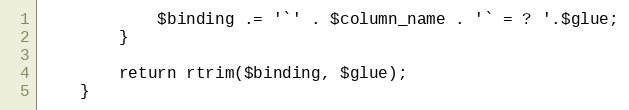
Language: PHP
            $binding .= '`' . $column_name . '` = ? '.$glue;
        }

        return rtrim($binding, $glue);
    }